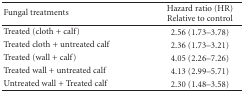
| Fungal treatments | Hazard ratio (HR) Relative to control |
 | --- | --- |
 | Treated (cloth + calf) | 2.56 (1.73–3.78) |
 | Treated cloth + untreated calf | 2.36 (1.73–3.21) |
 | Treated (wall + calf) | 4.05 (2.26–7.26) |
 | Treated wall + untreated calf | 4.13 (2.99–5.71) |
 | Untreated wall + Treated calf | 2.30 (1.48–3.58) |